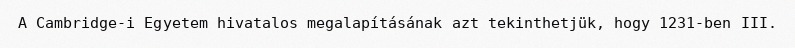
A Cambridge-i Egyetem hivatalos megalapításának azt tekinthetjük, hogy 1231-ben III.